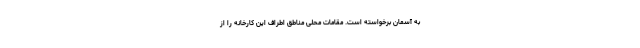
به آسمان برخواسته است. مقامات محلی مناطق اطراف این کارخانه را از